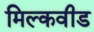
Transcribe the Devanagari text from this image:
मिल्कवीड